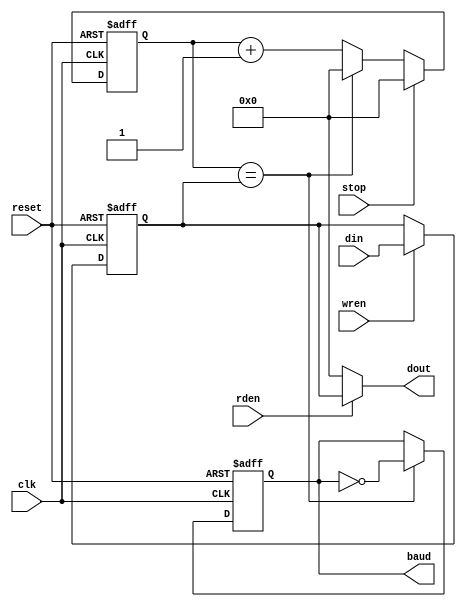
module baudgen(wren, rden, reset, din, clk, stop, baud, dout);
input wren, rden, reset, clk, stop;
input [7:0] din;
output baud;
output [7:0] dout;
	 
parameter PERIOD = 8'h0F;

reg [7:0] timer, period, dout;
reg baud;

// timer reg
always @(posedge clk or posedge reset) begin	
	if(reset)
		timer <= 8'h00;
	else begin
		timer <= timer + 1;
		if(timer == period)
			timer <= 8'h00;
		if(stop)
			timer <= 8'h00;
	end
end

// period
always @(posedge clk or posedge reset) begin
	if(reset)
		period <= PERIOD;
	else begin
		if(wren)
		period <= din;
	end
end

// compare period to timer
always @(posedge clk or posedge reset) begin
	if(reset)
		baud = 0;
	else begin
	if(timer == period)
		baud = ~baud;
	end
end

// dout
always @* begin
dout <= 8'b00000000;
	if(rden)
		dout <= period;
end

endmodule